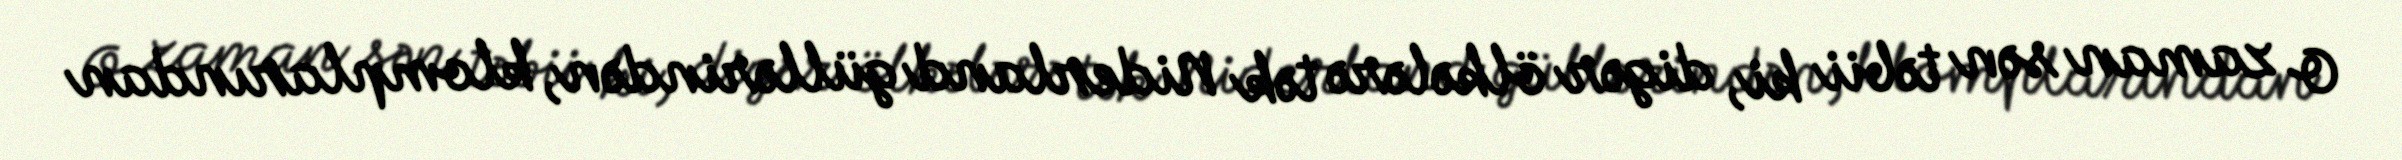
O zaman sən təbii ki, digər ölkələrə tək Niderland güllərindən, klomplarından